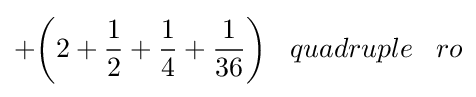
+{\bigg (}2+{\frac {1}{2}}+{\frac {1}{4}}+{\frac {1}{36}}{\bigg )}\;\;\;quadruple\;\;\;ro